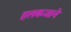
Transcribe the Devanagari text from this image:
हलकजाने